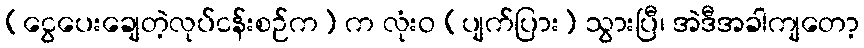
(ငွေပေးချေတဲ့လုပ်ငန်းစဉ်က) က လုံးဝ (ပျက်ပြား) သွားပြီ၊ အဲဒီအခါကျတော့